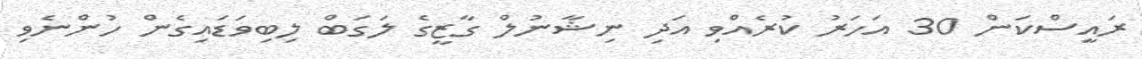
ރައީސްކަން 30 އަހަރު ކުރެއްވި އަދި ނިޝާނުލް ގާޒީގެ ލަގަބް ލިބިވަޑައިގެން ހުންނެވި